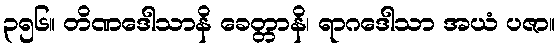
၃၅၆။ တိဏဒေါသာနိ ခေတ္တာနိ၊ ရာဂဒေါသာ အယံ ပဇာ။